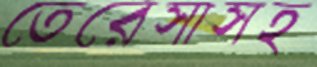
তেরেসাসহ